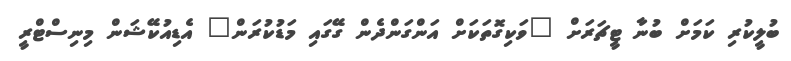
ބުލީކުރި ކަމަށް ބުނާ ޓީޗަރަށް "ވަކިގޮތަކަށް އަންގަންދެން ގޭގައި މަޑުކުރަން" އެޑިއުކޭޝަން މިނިސްޓްރީ